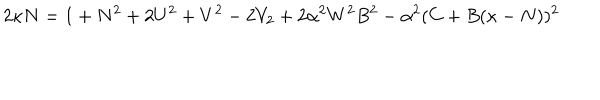
2 \kappa N = 1 + N ^ { 2 } + 2 U ^ { 2 } + V ^ { 2 } - 2 V _ { 2 } + 2 \alpha ^ { 2 } W ^ { 2 } B ^ { 2 } - \alpha ^ { 2 } ( C + B ( \kappa - N ) ) ^ { 2 }